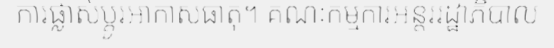
ការផ្លាស់ប្តូរអាកាសធាតុ។ គណៈកម្មការអន្តររដ្ឋាភិបាល